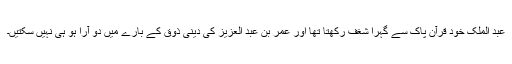
عبد الملک خود قرآن پاک سے گہرا شغف رکھتا تھا اور عمر بن عبد العزیز کی دینی ذوق کے بارے میں دو آرا ہو ہی نہیں سکتیں۔